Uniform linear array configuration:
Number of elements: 24
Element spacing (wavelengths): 0.75
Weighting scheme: blackman
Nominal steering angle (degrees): -60
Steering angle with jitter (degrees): -60.464
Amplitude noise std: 0.05
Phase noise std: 0.05

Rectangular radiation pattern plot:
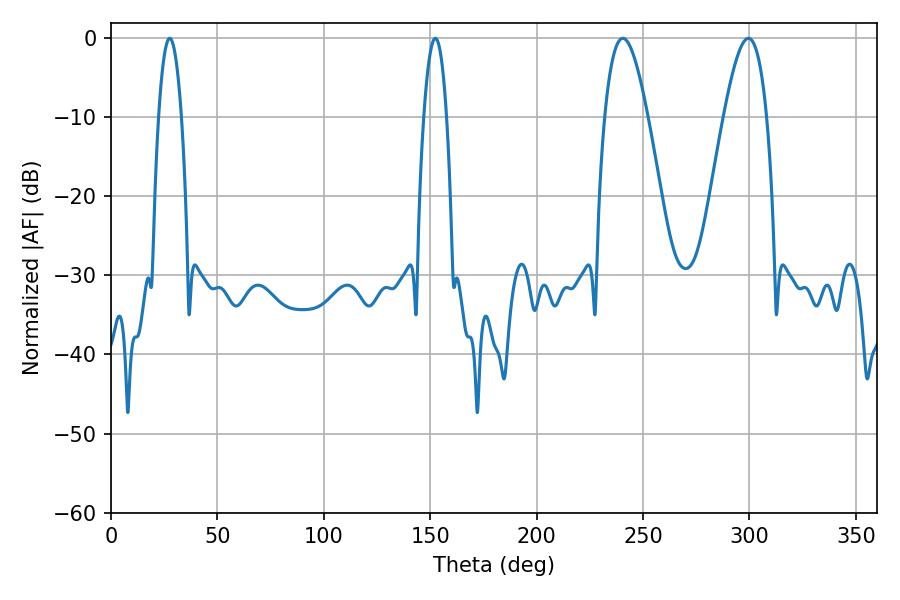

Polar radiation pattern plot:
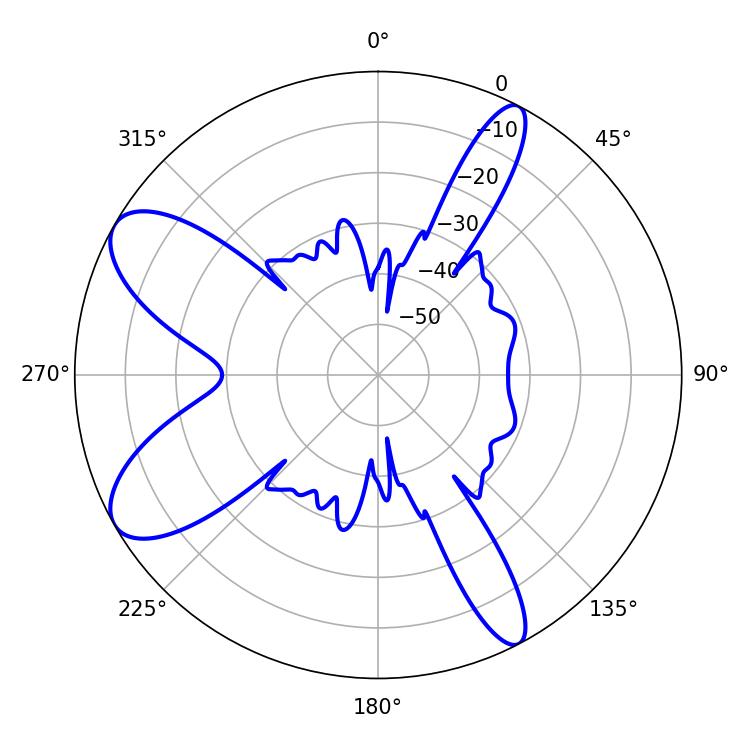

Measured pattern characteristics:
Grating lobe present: TRUE
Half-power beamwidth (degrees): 10.98
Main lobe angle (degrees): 240.48